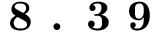
\textbf { 8 . 3 9 }